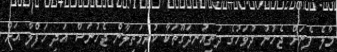
މާލެ ފެނަށް ޖެހުނު ދުވަހުގެ ދަތިއުނދަގޫތަކާ ކުރިމަތިލާން ޖެހުނަސް އަދި ހަފްލާ އަށް